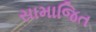
સામાજિત